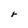
Character: r